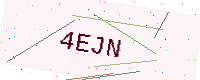
Text: 4EJN